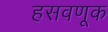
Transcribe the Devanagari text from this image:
हसवणूक